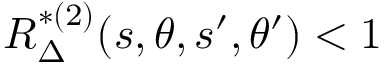
R _ { \Delta } ^ { * ( 2 ) } ( s , \theta , s ^ { \prime } , \theta ^ { \prime } ) < 1